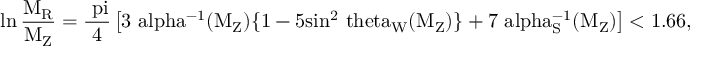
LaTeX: \ln \mathrm { { \frac { M _ { R } } { M _ { Z } } } = { \frac { \ p i } { 4 } } \left[ 3 \ a l p h a ^ { - 1 } ( M _ { Z } ) \{ 1 - 5 s i n ^ { 2 } \ t h e t a _ { W } ( M _ { Z } ) \} + 7 \ a l p h a _ { S } ^ { - 1 } ( M _ { Z } ) \right] < 1 . 6 6 , }